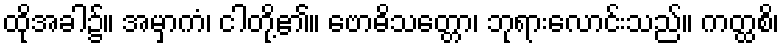
ထိုအခါ၌။ အမှာကံ၊ ငါတို့၏။ ဗောဓိသတ္တော၊ ဘုရားလောင်းသည်။ ကတ္ထစိ၊